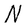
Character: N